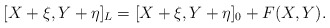
\begin{align*}[X+\xi,Y+\eta]_{L} = [X+\xi,Y+\eta]_{0}+F(X,Y).\end{align*}